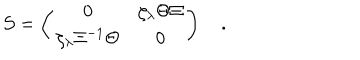
LaTeX: { \cal S } = \left( \begin{matrix} { { 0 } } & { { \zeta _ { \lambda } \Theta \Xi } } \\ { { \zeta _ { \lambda } \Xi ^ { - 1 } \Theta } } & { { 0 } } \\ \end{matrix} \right) \quad .